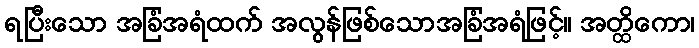
ရပြီးသော အခြံအရံထက် အလွန်ဖြစ်သောအခြံအရံဖြင့်။ အတ္ထိကော၊